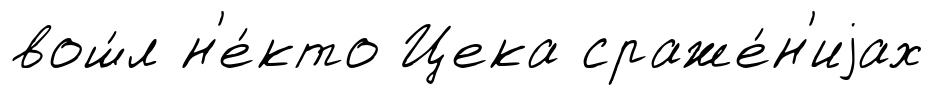
вош́л н'е́кто Цека сраже́н'иjах